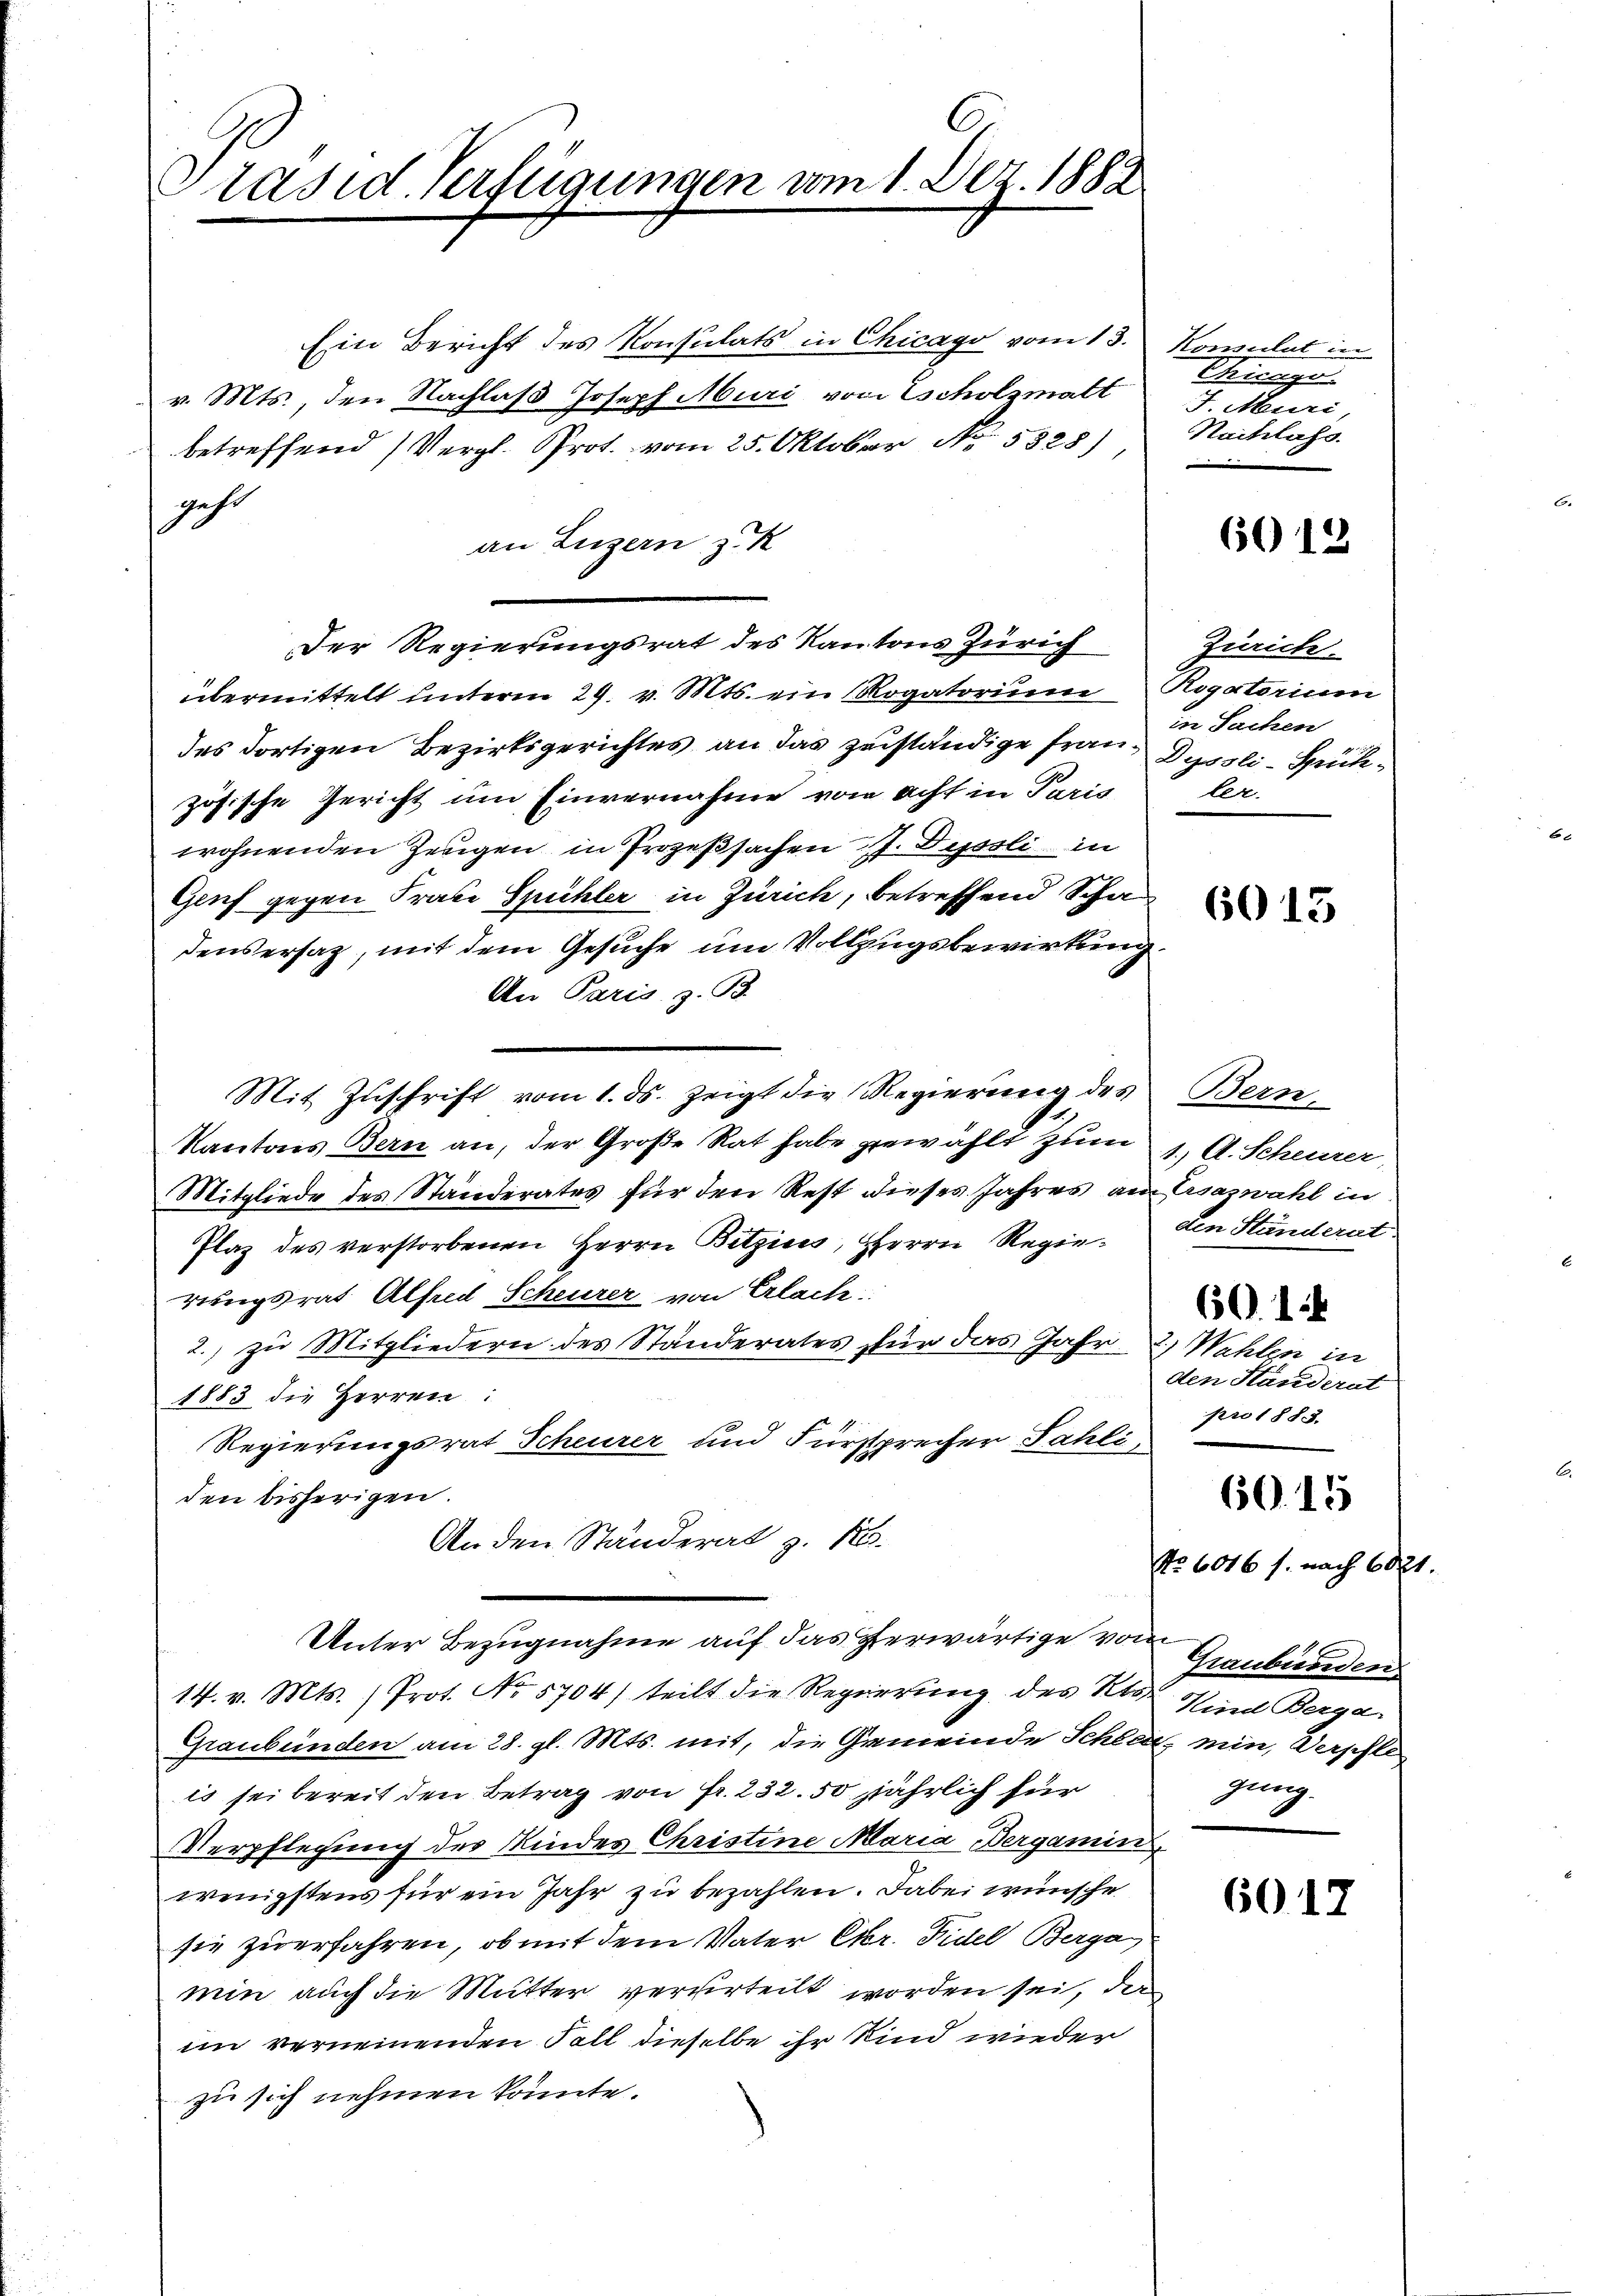
C
Präsid. Verfügungen vom 1. Dez. 1882

Ein Bericht des Konsulats in Chicago vom 13.
v. Mts., den Nachlaß Joseph Muri von scholzmatt
betreffend (Vergl. Prot. vom 25. Oktober No. 5828)
gehe
an Luzern z. K
Der Regierungsrat des Kantons Zürich
übermittelt unterm 29. v. Mts. ein Rogatorium
des dortigen Bezirksgerichtes an das zuständige Fran¬ Dyssli-Spühzösische Gericht um Einvernahme von acht in Paris
wohnenden Zeugen in Prozeßsachen J. Dissli in
Genf gegen Frate Spühler in Zürich, betreffend Schadensersatz, mit dem Gesuche um Vollzugsbewirkung
An Paris, z. B.
Mit Zŭschrift vom 1. ds. zeigt die Regierung des Bern
Kantons Bern an, der Große Rat habe gewählt zum
Mitgliede des Ständerates für den Rest dieses Jahres am Arsazwahl in
Plaz des verstorbenen Herrn Betzins, Herrn Regierungsrat Alfred Scheurer von Erlach
2.) zu Mitgliedern des Ständerates für das Jahr- 2.) Wahlen in
1883 die Herren:
Regierungsrat Scheurer und Fürsprecher Fahli,
den bisherigen.
An den Ständerat z. B.
Unter Bezugnahme auf das herwärtige vom
14. v. Mts. (Prot. No 5704) teilt die Regierung des Kts Kind Berga
Graubünden am 28. gl. Mts. mit, die Gemeinde Schlatz min, Verpfle
is sei bereit den Betrag von Fr. 232. 50 jährlich für
Verpflegung des Kindes Christine Maria, Bergamin
wenigstens für ein Jahr zu bezahlen. Dabei wünsche
sie zu erfahren, ob mit dem Vater Ekr. Fidel Bergan
min auch die Mutter verurteilt worden sei, da
im verneinenden Fall dieselbe ihr Kind wieder
zu sich nehmen könnte.

Konsulat in
Chicago
F. Muri,
Nachlass.

Zürich.
Rogatorium
in Sachen
ler.

t

6013

1.) A. Scheurer,
den Ständerat

6012

601
den Ständerat
pro 1883.
No. 6016 s. nach 601.
Graubünden
gung.

6015

6017